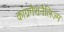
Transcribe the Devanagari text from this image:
कांग्रगैशनैलिज़्म